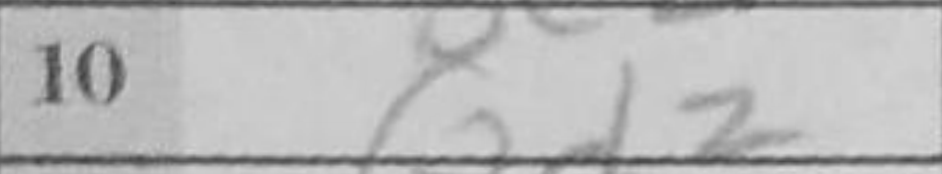
Transcription: Qd2